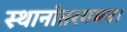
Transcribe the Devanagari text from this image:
स्थानांतरगमन।